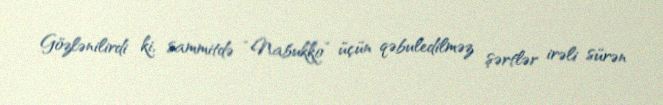
Gözlənilirdi ki, sammitdə “Nabukko” üçün qəbuledilməz şərtlər irəli sürən